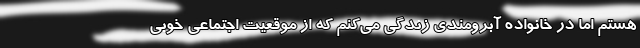
هستم اما در خانواده آبرومندی زندگی می‌کنم که از موقعیت اجتماعی خوبی